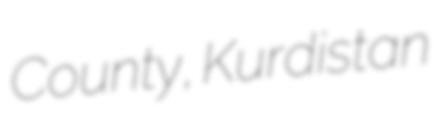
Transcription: County, Kurdistan